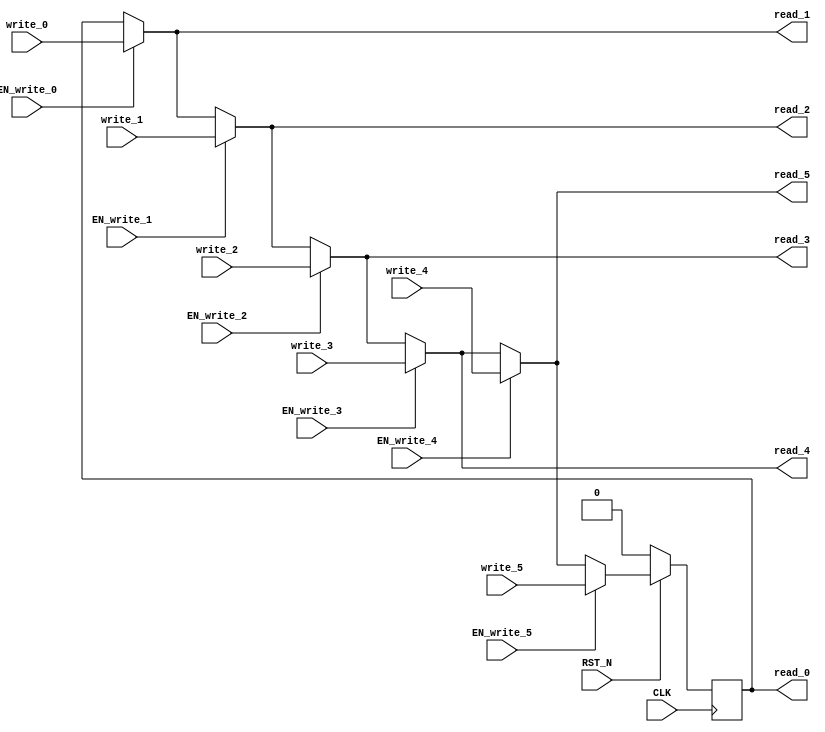
module EHR_6 (
    CLK,
    RST_N,
    read_0,
    write_0,
    EN_write_0,
    read_1,
    write_1,
    EN_write_1,
    read_2,
    write_2,
    EN_write_2,
    read_3,
    write_3,
    EN_write_3,
    read_4,
    write_4,
    EN_write_4,
    read_5,
    write_5,
    EN_write_5
);
    parameter            DATA_SZ = 1;
    parameter            RESET_VAL = 0;

    input                CLK;
    input                RST_N;
    output [DATA_SZ-1:0] read_0;
    input  [DATA_SZ-1:0] write_0;
    input                EN_write_0;
    output [DATA_SZ-1:0] read_1;
    input  [DATA_SZ-1:0] write_1;
    input                EN_write_1;
    output [DATA_SZ-1:0] read_2;
    input  [DATA_SZ-1:0] write_2;
    input                EN_write_2;
    output [DATA_SZ-1:0] read_3;
    input  [DATA_SZ-1:0] write_3;
    input                EN_write_3;
    output [DATA_SZ-1:0] read_4;
    input  [DATA_SZ-1:0] write_4;
    input                EN_write_4;
    output [DATA_SZ-1:0] read_5;
    input  [DATA_SZ-1:0] write_5;
    input                EN_write_5;

    reg    [DATA_SZ-1:0] r;
    wire   [DATA_SZ-1:0] wire_0;
    wire   [DATA_SZ-1:0] wire_1;
    wire   [DATA_SZ-1:0] wire_2;
    wire   [DATA_SZ-1:0] wire_3;
    wire   [DATA_SZ-1:0] wire_4;
    wire   [DATA_SZ-1:0] wire_5;
    wire   [DATA_SZ-1:0] wire_6;

    assign wire_0 = r;
    assign wire_1 = EN_write_0 ? write_0 : wire_0;
    assign wire_2 = EN_write_1 ? write_1 : wire_1;
    assign wire_3 = EN_write_2 ? write_2 : wire_2;
    assign wire_4 = EN_write_3 ? write_3 : wire_3;
    assign wire_5 = EN_write_4 ? write_4 : wire_4;
    assign wire_6 = EN_write_5 ? write_5 : wire_5;

    assign read_0 = wire_0;
    assign read_1 = wire_1;
    assign read_2 = wire_2;
    assign read_3 = wire_3;
    assign read_4 = wire_4;
    assign read_5 = wire_5;

    always @(posedge CLK) begin
        if (RST_N == 0) begin
            r <= RESET_VAL;
        end else begin
            r <= wire_6;
        end
    end
endmodule